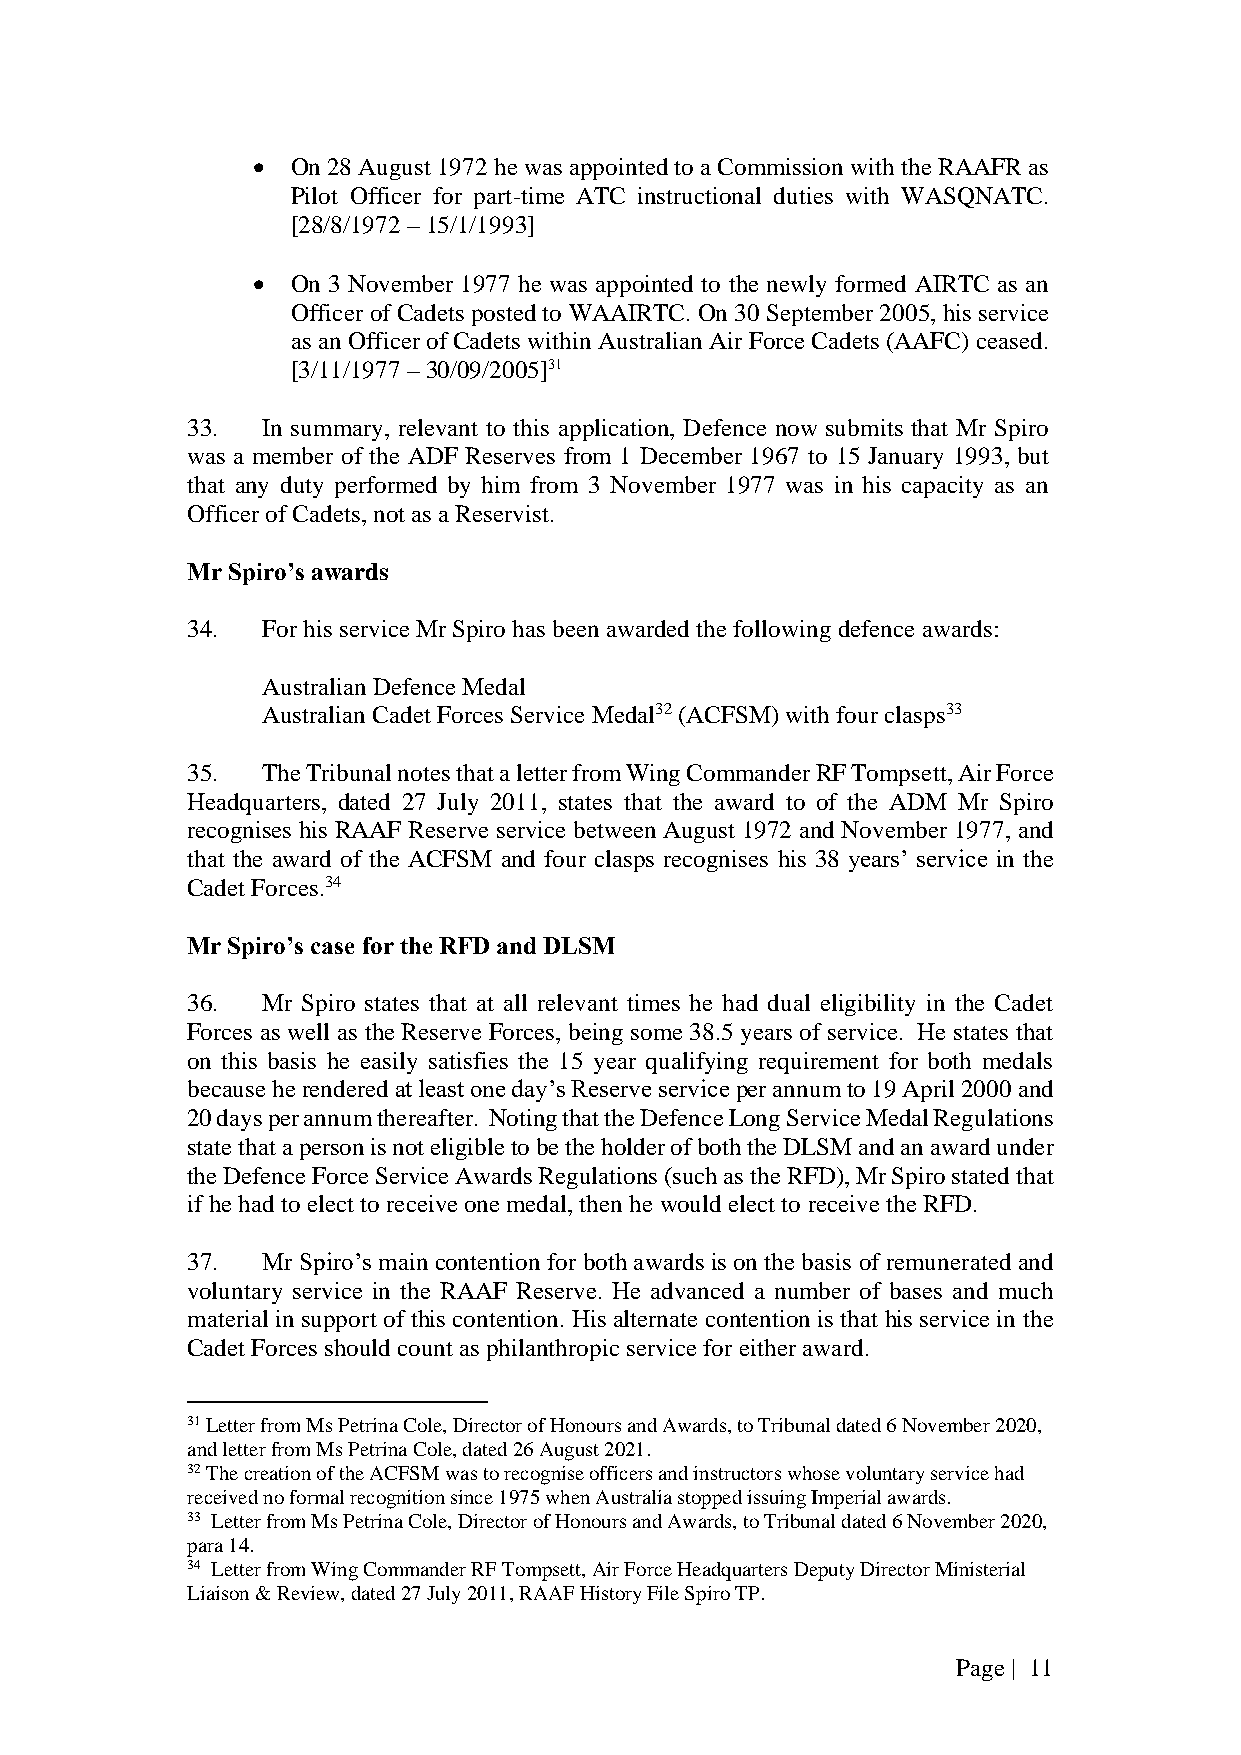
 On 28 August 1972 he was appointed to a Commission with the RAAFR as
 Pilot Officer for part-time ATC instructional duties with WASQNATC.
 [28/8/1972 – 15/1/1993]
  On 3 November 1977 he was appointed to the newly formed AIRTC as an
 Officer of Cadets posted to WAAIRTC. On 30 September 2005, his service
 as an Officer of Cadets within Australian Air Force Cadets (AAFC) ceased.
 [3/11/1977 – 30/09/2005]31
 33.  In summary, relevant to this application, Defence now submits that Mr Spiro
 was a member of the ADF Reserves from 1 December 1967 to 15 January 1993, but
 that any duty performed by him from 3 November 1977 was in his capacity as an
 Officer of Cadets, not as a Reservist.
 Mr Spiro’s awards
 34.  For his service Mr Spiro has been awarded the following defence awards:
 Australian Defence Medal
 Australian Cadet Forces Service Medal32 (ACFSM) with four clasps33
 35.  The Tribunal notes that a letter from Wing Commander RF Tompsett, Air Force
 Headquarters, dated 27 July 2011, states that the award to of the ADM Mr Spiro
 recognises his RAAF Reserve service between August 1972 and November 1977, and
 that the award of the ACFSM and four clasps recognises his 38 years’ service in the
 Cadet Forces.34
 Mr Spiro’s case for the RFD and DLSM
 36.  Mr Spiro states that at all relevant times he had dual eligibility in the Cadet
 Forces as well as the Reserve Forces, being some 38.5 years of service. He states that
 on this basis he easily satisfies the 15 year qualifying requirement for both medals
 because he rendered at least one day’s Reserve service per annum to 19 April 2000 and
 20 days per annum thereafter. Noting that the Defence Long Service Medal Regulations
 state that a person is not eligible to be the holder of both the DLSM and an award under
 the Defence Force Service Awards Regulations (such as the RFD), Mr Spiro stated that
 if he had to elect to receive one medal, then he would elect to receive the RFD.
 37.  Mr Spiro’s main contention for both awards is on the basis of remunerated and
 voluntary service in the RAAF Reserve. He advanced a number of bases and much
 material in support of this contention. His alternate contention is that his service in the
 Cadet Forces should count as philanthropic service for either award.
 31 Letter from Ms Petrina Cole, Director of Honours and Awards, to Tribunal dated 6 November 2020,
 and letter from Ms Petrina Cole, dated 26 August 2021.
 32 The creation of the ACFSM was to recognise officers and instructors whose voluntary service had
 received no formal recognition since 1975 when Australia stopped issuing Imperial awards.
 33 Letter from Ms Petrina Cole, Director of Honours and Awards, to Tribunal dated 6 November 2020,
 para 14.
 34 Letter from Wing Commander RF Tompsett, Air Force Headquarters Deputy Director Ministerial
 Liaison & Review, dated 27 July 2011, RAAF History File Spiro TP.
 Page | 11